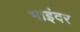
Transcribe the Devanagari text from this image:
भाइंदर